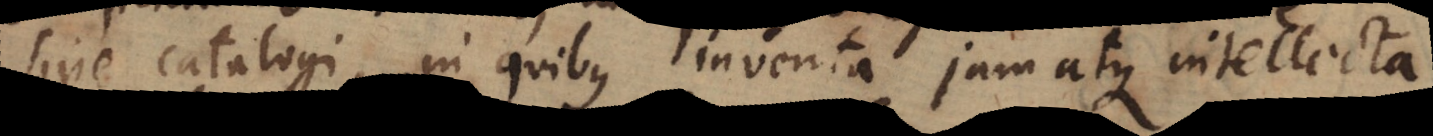
sive catalogi, in quibus inventa jam atque intellecta